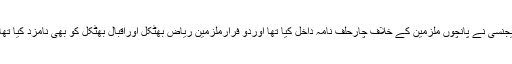
ایجنسی نے پانچوں ملزمین کے خلاف چارحلف نامہ داخل کیا تھا اوردو فرارملزمین ریاض بھٹکل اوراقبال بھٹکل کو بھی نامزد کیا تھا۔